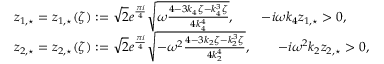
\begin{array} { r l } & { z _ { 1 , \star } = z _ { 1 , \star } ( \zeta ) : = \sqrt { 2 } e ^ { \frac { \pi i } { 4 } } \sqrt { \omega \frac { 4 - 3 k _ { 4 } \zeta - k _ { 4 } ^ { 3 } \zeta } { 4 k _ { 4 } ^ { 4 } } } , \qquad - i \omega k _ { 4 } z _ { 1 , \star } > 0 , } \\ & { z _ { 2 , \star } = z _ { 2 , \star } ( \zeta ) : = \sqrt { 2 } e ^ { \frac { \pi i } { 4 } } \sqrt { - \omega ^ { 2 } \frac { 4 - 3 k _ { 2 } \zeta - k _ { 2 } ^ { 3 } \zeta } { 4 k _ { 2 } ^ { 4 } } } , \qquad - i \omega ^ { 2 } k _ { 2 } z _ { 2 , \star } > 0 , } \end{array}